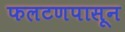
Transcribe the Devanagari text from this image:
फलटणपासून